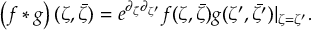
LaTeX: \left( f * g \right) ( \zeta , \bar { \zeta } ) = e ^ { \partial _ { { \bar { \zeta } } } \partial _ { { \zeta ^ { \prime } } } } f ( \zeta , \bar { \zeta } ) g ( \zeta ^ { \prime } , \bar { \zeta ^ { \prime } } ) | _ { \zeta = \zeta ^ { \prime } } .